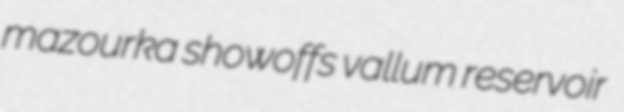
mazourka showoffs vallum reservoir